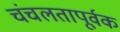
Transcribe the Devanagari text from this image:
चंचलतापूर्वक